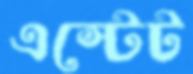
এস্টেট